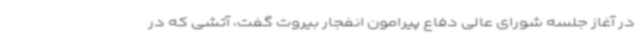
در آغاز جلسه شورای عالی دفاع پیرامون انفجار بیروت گفت، آتشی که در